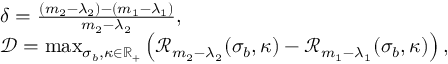
\begin{array} { r l } & { \delta = \frac { ( m _ { 2 } - \lambda _ { 2 } ) - ( m _ { 1 } - \lambda _ { 1 } ) } { m _ { 2 } - \lambda _ { 2 } } , } \\ & { \mathcal { D } = \operatorname* { m a x } _ { \sigma _ { b } , \kappa \in \mathbb { R } _ { + } } \left( \mathcal { R } _ { m _ { 2 } - \lambda _ { 2 } } ( \sigma _ { b } , \kappa ) - \mathcal { R } _ { m _ { 1 } - \lambda _ { 1 } } ( \sigma _ { b } , \kappa ) \right) , } \end{array}